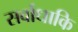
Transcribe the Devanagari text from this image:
सर्वाधाकि